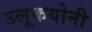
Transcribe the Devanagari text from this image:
उलूकयोनी